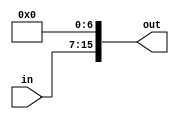
/* shift left 9 bit immediate value and make it 16 bit by appending lsb's with 0
*/

module shift_left_imm9_by_7(in, out ); 

	output [15:0] out;	
	input  [8:0] in;	
	wire [15:0] temp;

    assign temp = {{7{1'b0}}, in};
	
	assign out = temp << 7;
	
endmodule